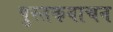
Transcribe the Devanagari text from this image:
पुस्तकवाचन